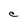
Character: C